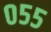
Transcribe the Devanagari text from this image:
०५५